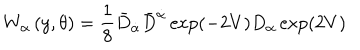
LaTeX: W _ { \alpha } \left( y , \theta \right) = \frac { 1 } { 8 } \bar { D } _ { \dot { \alpha } } \bar { D } ^ { \dot { \alpha } } \exp ( - 2 V ) D _ { \alpha } \exp ( 2 V )